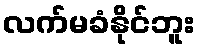
လက်မခံနိုင်ဘူး